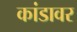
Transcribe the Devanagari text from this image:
कांडावर